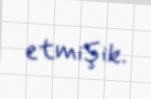
etmişik.